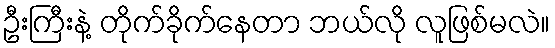
ဦးကြီးနဲ့ တိုက်ခိုက်နေတာ ဘယ်လို လူဖြစ်မလဲ။